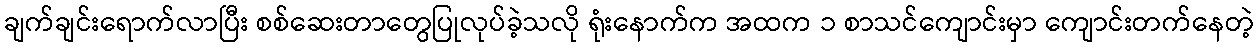
ချက်ချင်းရောက်လာပြီး စစ်ဆေးတာတွေပြုလုပ်ခဲ့သလို ရုံးနောက်က အထက ၁ စာသင်ကျောင်းမှာ ကျောင်းတက်နေတဲ့